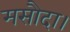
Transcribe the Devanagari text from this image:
मसौदा।